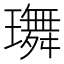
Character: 𤪕